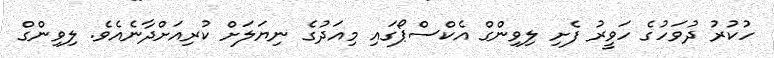
ހުކުރު ދުވަހުގެ ހަވީރު ފެށި ލިވިންގް އެކްސްޕޯގައި މިއަދުގެ ނިޔަލަށް ކުރިއަށްދާނެއެވެ. ލިވިންގް